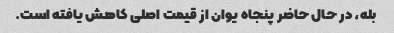
بله، در حال حاضر پنجاه یوان از قیمت اصلی کاهش یافته است.